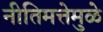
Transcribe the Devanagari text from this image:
नीतिमत्तेमुळे